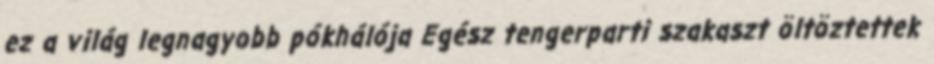
ez a világ legnagyobb pókhálója Egész tengerparti szakaszt öltöztettek